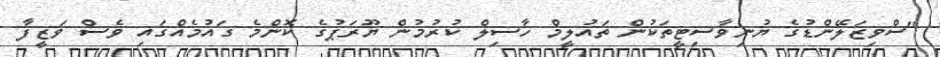
"ސްވިޒަލޭންޑުގެ ޔުނިވާސިޓީތަކުން ތައުލީމް ހާސިލް ކުރުމުން ޔޫރަޕުގެ ކޮންމެ ގައުމެއްގައި ވެސް ވަޒީފާ